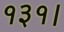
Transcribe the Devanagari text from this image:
१३१।